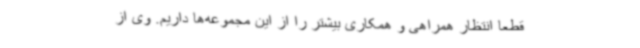
قطعا انتظار همراهی و همکاری بیشتر را از این مجموعه‌ها داریم. وی از